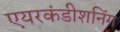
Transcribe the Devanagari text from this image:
एयरकंडीशनिंग